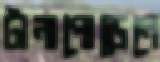
টানাপোড়েনে